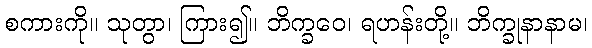
စကားကို။ သုတွာ၊ ကြား၍။ ဘိက္ခဝေ၊ ရဟန်းတို့။ ဘိက္ခုနာနာမ၊